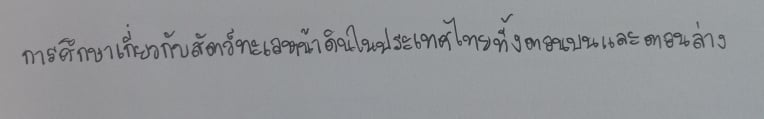
การศึกษาเกี่ยวกับสัตว์ทะเลหน้าดินในประเทศไทยทั้งตอนบนและตอนล่าง